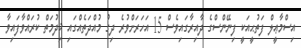
އިސްމާޢީލް ފަތުޙީއަކީ ފިނޭންސްގެ ދާއިރާގައިވެސް 15 އަހަރަށްވުރެ ދިގު މުއްދަތެއްގައި ޚިދުމަތް ކުރައްވާފައިވާ